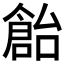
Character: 𠏓